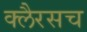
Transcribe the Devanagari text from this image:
क्लैरसच